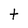
Character: t